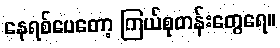
နေရစ်ပေတော့ ကြယ်စုတန်းတွေရေ။